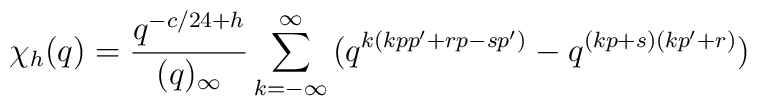
\chi_h(q)={q^{-c/24+h}\over (q)_\infty}\sum_{k=-\infty}^\infty \big(q^{k(kpp'+rp-sp')}-q^{(kp+s)(kp'+r)}\big)